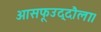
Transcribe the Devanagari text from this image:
आसफूउद्दौला।